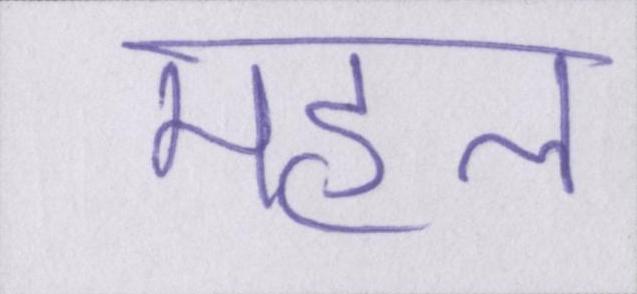
महल